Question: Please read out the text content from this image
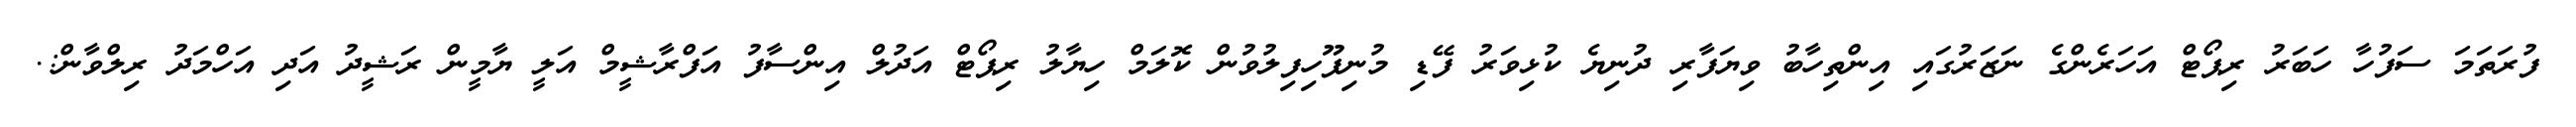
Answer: ފުރަތަމަ ސަފުހާ ހަބަރު ރިޕޯޓް އަހަރެންގެ ނަޒަރުގައި އިންތިހާބު ވިޔަފާރި ދުނިޔެ ކުޅިވަރު ފޭޑި މުނިފޫހިފިލުވުން ކޮލަމް ހިޔާލު ރިޕޯޓް އަދުލް އިންސާފު އަފްރާޝީމް އަލީ ޔާމީން ރަޝީދު އަދި އަހްމަދު ރިލްވާން:.